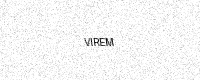
Text: VIREM